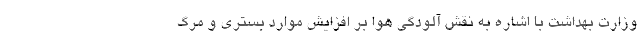
وزارت بهداشت با اشاره به نقش آلودگی هوا بر افزایش موارد بستری و مرگ